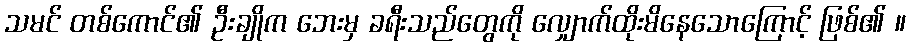
သမင် တစ်ကောင်၏ ဦးချိုက ဘေးမှ ခရီးသည်တွေကို လျှောက်ထိုးမိနေသောကြောင့် ဖြစ်၏ ။